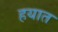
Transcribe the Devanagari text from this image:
हयात